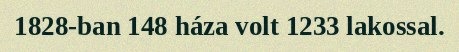
1828-ban 148 háza volt 1233 lakossal.